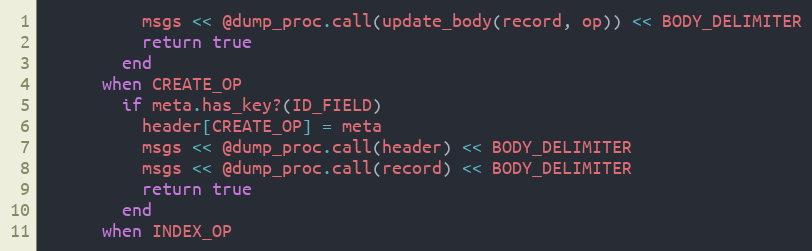
Language: Ruby
          msgs << @dump_proc.call(update_body(record, op)) << BODY_DELIMITER
          return true
        end
      when CREATE_OP
        if meta.has_key?(ID_FIELD)
          header[CREATE_OP] = meta
          msgs << @dump_proc.call(header) << BODY_DELIMITER
          msgs << @dump_proc.call(record) << BODY_DELIMITER
          return true
        end
      when INDEX_OP